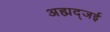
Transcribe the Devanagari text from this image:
अह्मद्जई